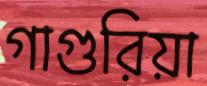
গাগুরিয়া